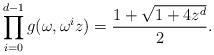
LaTeX: \begin{align*}\prod^{d-1}_{i=0}g(\omega,\omega^i z)=\frac{1+\sqrt{1+4z^d}}{2}.\end{align*}